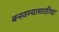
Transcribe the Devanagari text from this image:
बनवण्यासाठीचा